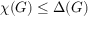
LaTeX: \chi ( G ) \leq \Delta ( G )